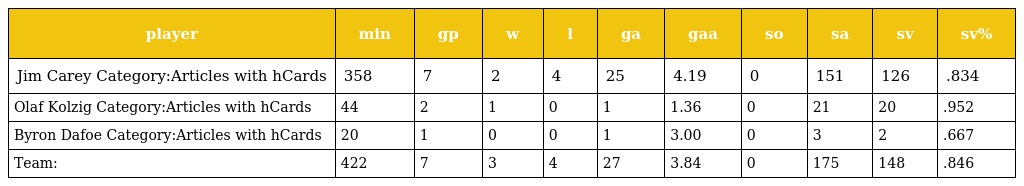
| player | min | gp | w | l | ga | gaa | so | sa | sv | sv% |
 | --- | --- | --- | --- | --- | --- | --- | --- | --- | --- | --- |
 | Jim Carey Category:Articles with hCards | 358 | 7 | 2 | 4 | 25 | 4.19 | 0 | 151 | 126 | .834 |
 | Olaf Kolzig Category:Articles with hCards | 44 | 2 | 1 | 0 | 1 | 1.36 | 0 | 21 | 20 | .952 |
 | Byron Dafoe Category:Articles with hCards | 20 | 1 | 0 | 0 | 1 | 3.00 | 0 | 3 | 2 | .667 |
 | Team: | 422 | 7 | 3 | 4 | 27 | 3.84 | 0 | 175 | 148 | .846 |